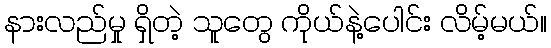
နားလည်မှု ရှိတဲ့ သူတွေ ကိုယ်နဲ့ပေါင်း လိမ့်မယ်။